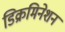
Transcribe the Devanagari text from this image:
डिक्रमिनेशन